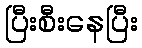
ပြီးစီးနေပြီး